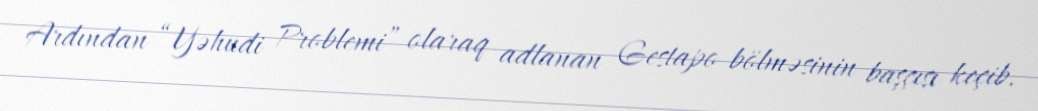
Ardından “Yəhudi Problemi” olaraq adlanan Gestapo bölməsinin başçısı keçib.